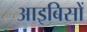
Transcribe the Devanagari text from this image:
आइबिसों